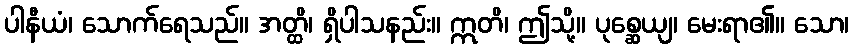
ပါနီယံ၊ သောက်ရေသည်။ အတ္ထိ၊ ရှိပါသနည်း။ ဣတိ၊ ဤသို့။ ပုစ္ဆေယျ၊ မေးရာ၏။ သော၊